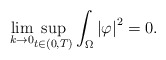
\begin{align*}\underset{k\rightarrow0}{\lim}\underset{t\in(0,T)}{\sup}\int_{\Omega}\left\vert \varphi\right\vert ^{2}=0. \end{align*}